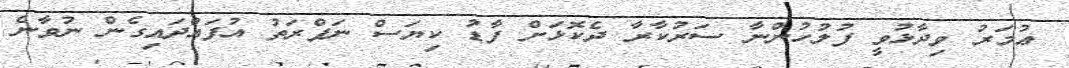
ޢުމަރު ވިދާޅުވީ ފުލުހުންނާ ސަރުކާރާ ދެކޮޅަށް ފާޑު ކިޔަސް ނަފްރަތު އުފައްދައިގެން ނުވާނެ